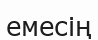
емесің